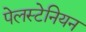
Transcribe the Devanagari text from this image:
पेलस्टेनियन